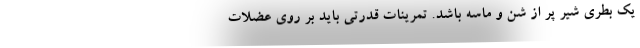
یک بطری شیر پر از شن و ماسه باشد. تمرینات قدرتی باید بر روی عضلات